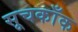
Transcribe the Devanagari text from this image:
सूचकाँक